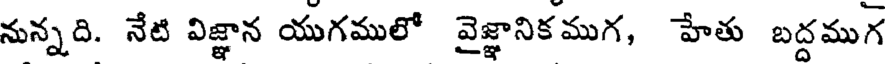
నున్నది. నేటి విజ్ఞాన యుగములో వైజ్ఞానికముగ, హేతు బద్దముగ